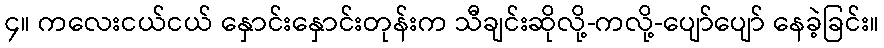
၄။ ကလေးငယ်ငယ် နှောင်းနှောင်းတုန်းက သီချင်းဆိုလို့-ကလို့-ပျော်ပျော် နေခဲ့ခြင်း။